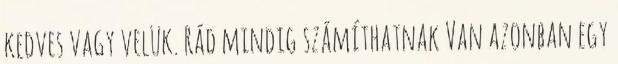
kedves vagy velük. Rád mindig számíthatnak Van azonban egy